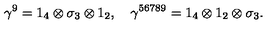
\gamma ^ { 9 } = 1 _ { 4 } \otimes \sigma _ { 3 } \otimes 1 _ { 2 } , \quad \gamma ^ { 5 6 7 8 9 } = 1 _ { 4 } \otimes 1 _ { 2 } \otimes \sigma _ { 3 } .